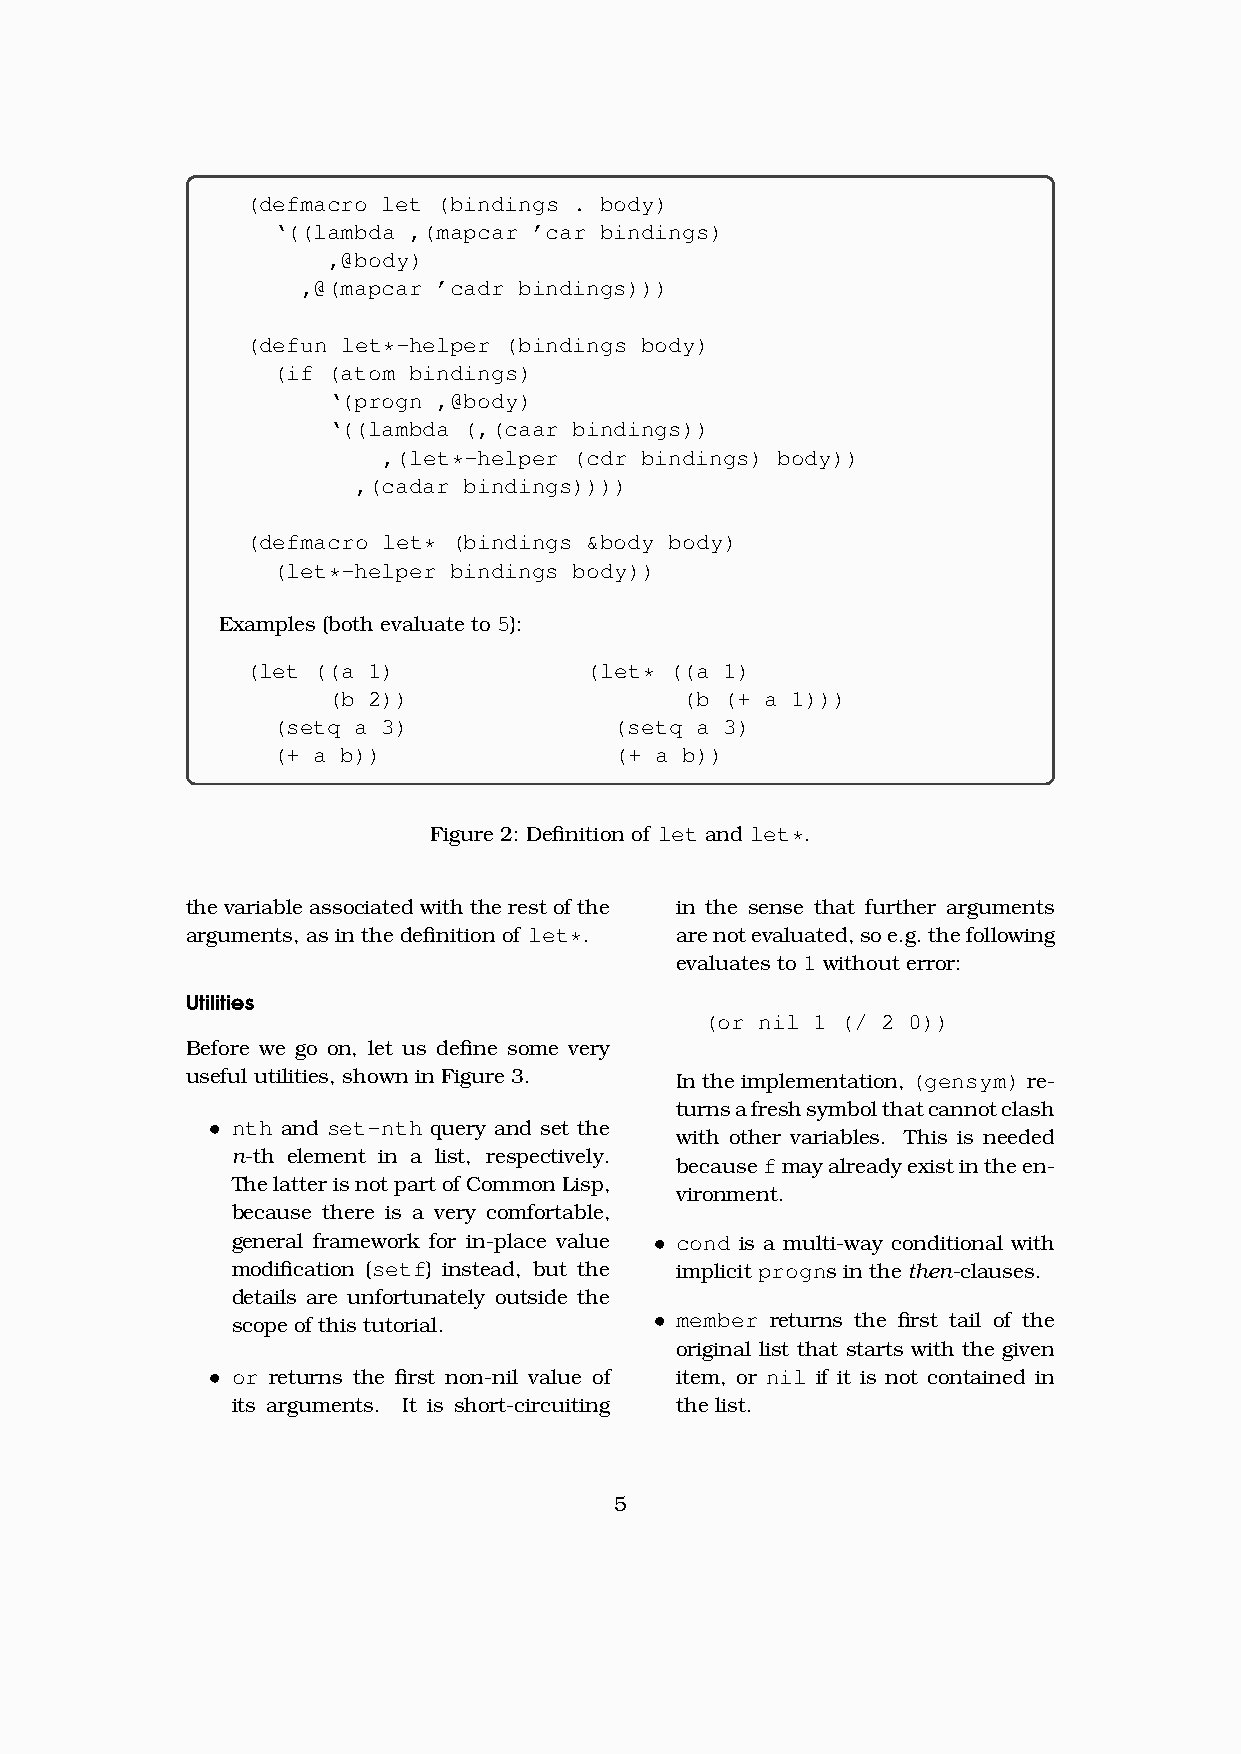
(defmacro let (bindings . body)
 ‘((lambda ,(mapcar ’car bindings)
 ,@body)
 ,@(mapcar ’cadr bindings)))
 (defun let*-helper (bindings body)
 (if (atom bindings)
 ‘(progn ,@body)
 ‘((lambda (,(caar bindings))
 ,(let*-helper (cdr bindings) body))
 ,(cadar bindings))))
 (defmacro let* (bindings &body body)
 (let*-helper bindings body))
 Examples (both evaluate to 5):
 (let ((a 1)            (let* ((a 1)
 (b 2))                 (b (+ a 1)))
 (setq a 3)             (setq a 3)
 (+ a b))               (+ a b))
 Figure 2: Definition of let and let*.
 the variable associated with the rest of the in the sense that further arguments
 arguments, as in the definition of let*. arenotevaluated,soe.g.thefollowing
 evaluates to 1 without error:
 Utilities
 (or nil 1 (/ 2 0))
 Before we go on, let us define some very
 useful utilities, shown in Figure 3. In the implementation, (gensym) re-
 turnsafreshsymbolthatcannotclash
 • nth and set-nth query and set the
 with other variables. This is needed
 n-th element in a list, respectively.
 becausefmayalreadyexistintheen-
 ThelatterisnotpartofCommonLisp,
 vironment.
 because there is a very comfortable,
 general framework for in-place value • cond is a multi-way conditional with
 modification (setf) instead, but the implicit progns in the then-clauses.
 details are unfortunately outside the
 scope of this tutorial.     • member returns the first tail of the
 original list that starts with the given
 • or returns the first non-nil value of item, or nil if it is not contained in
 its arguments. It is short-circuiting the list.
 5